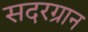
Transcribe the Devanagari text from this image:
सदरग्रान